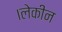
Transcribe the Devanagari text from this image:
।लेकीन